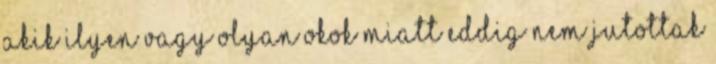
akik ilyen vagy olyan okok miatt eddig nem jutottak